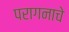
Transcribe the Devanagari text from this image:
परागनाचे